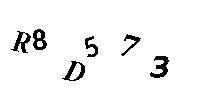
R8D573